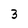
Character: 3